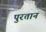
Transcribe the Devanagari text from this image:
पुरतान